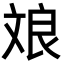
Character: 斏